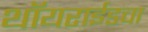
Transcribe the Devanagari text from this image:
थॉयराईडचा